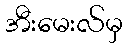
အီးမေးလ်မှ